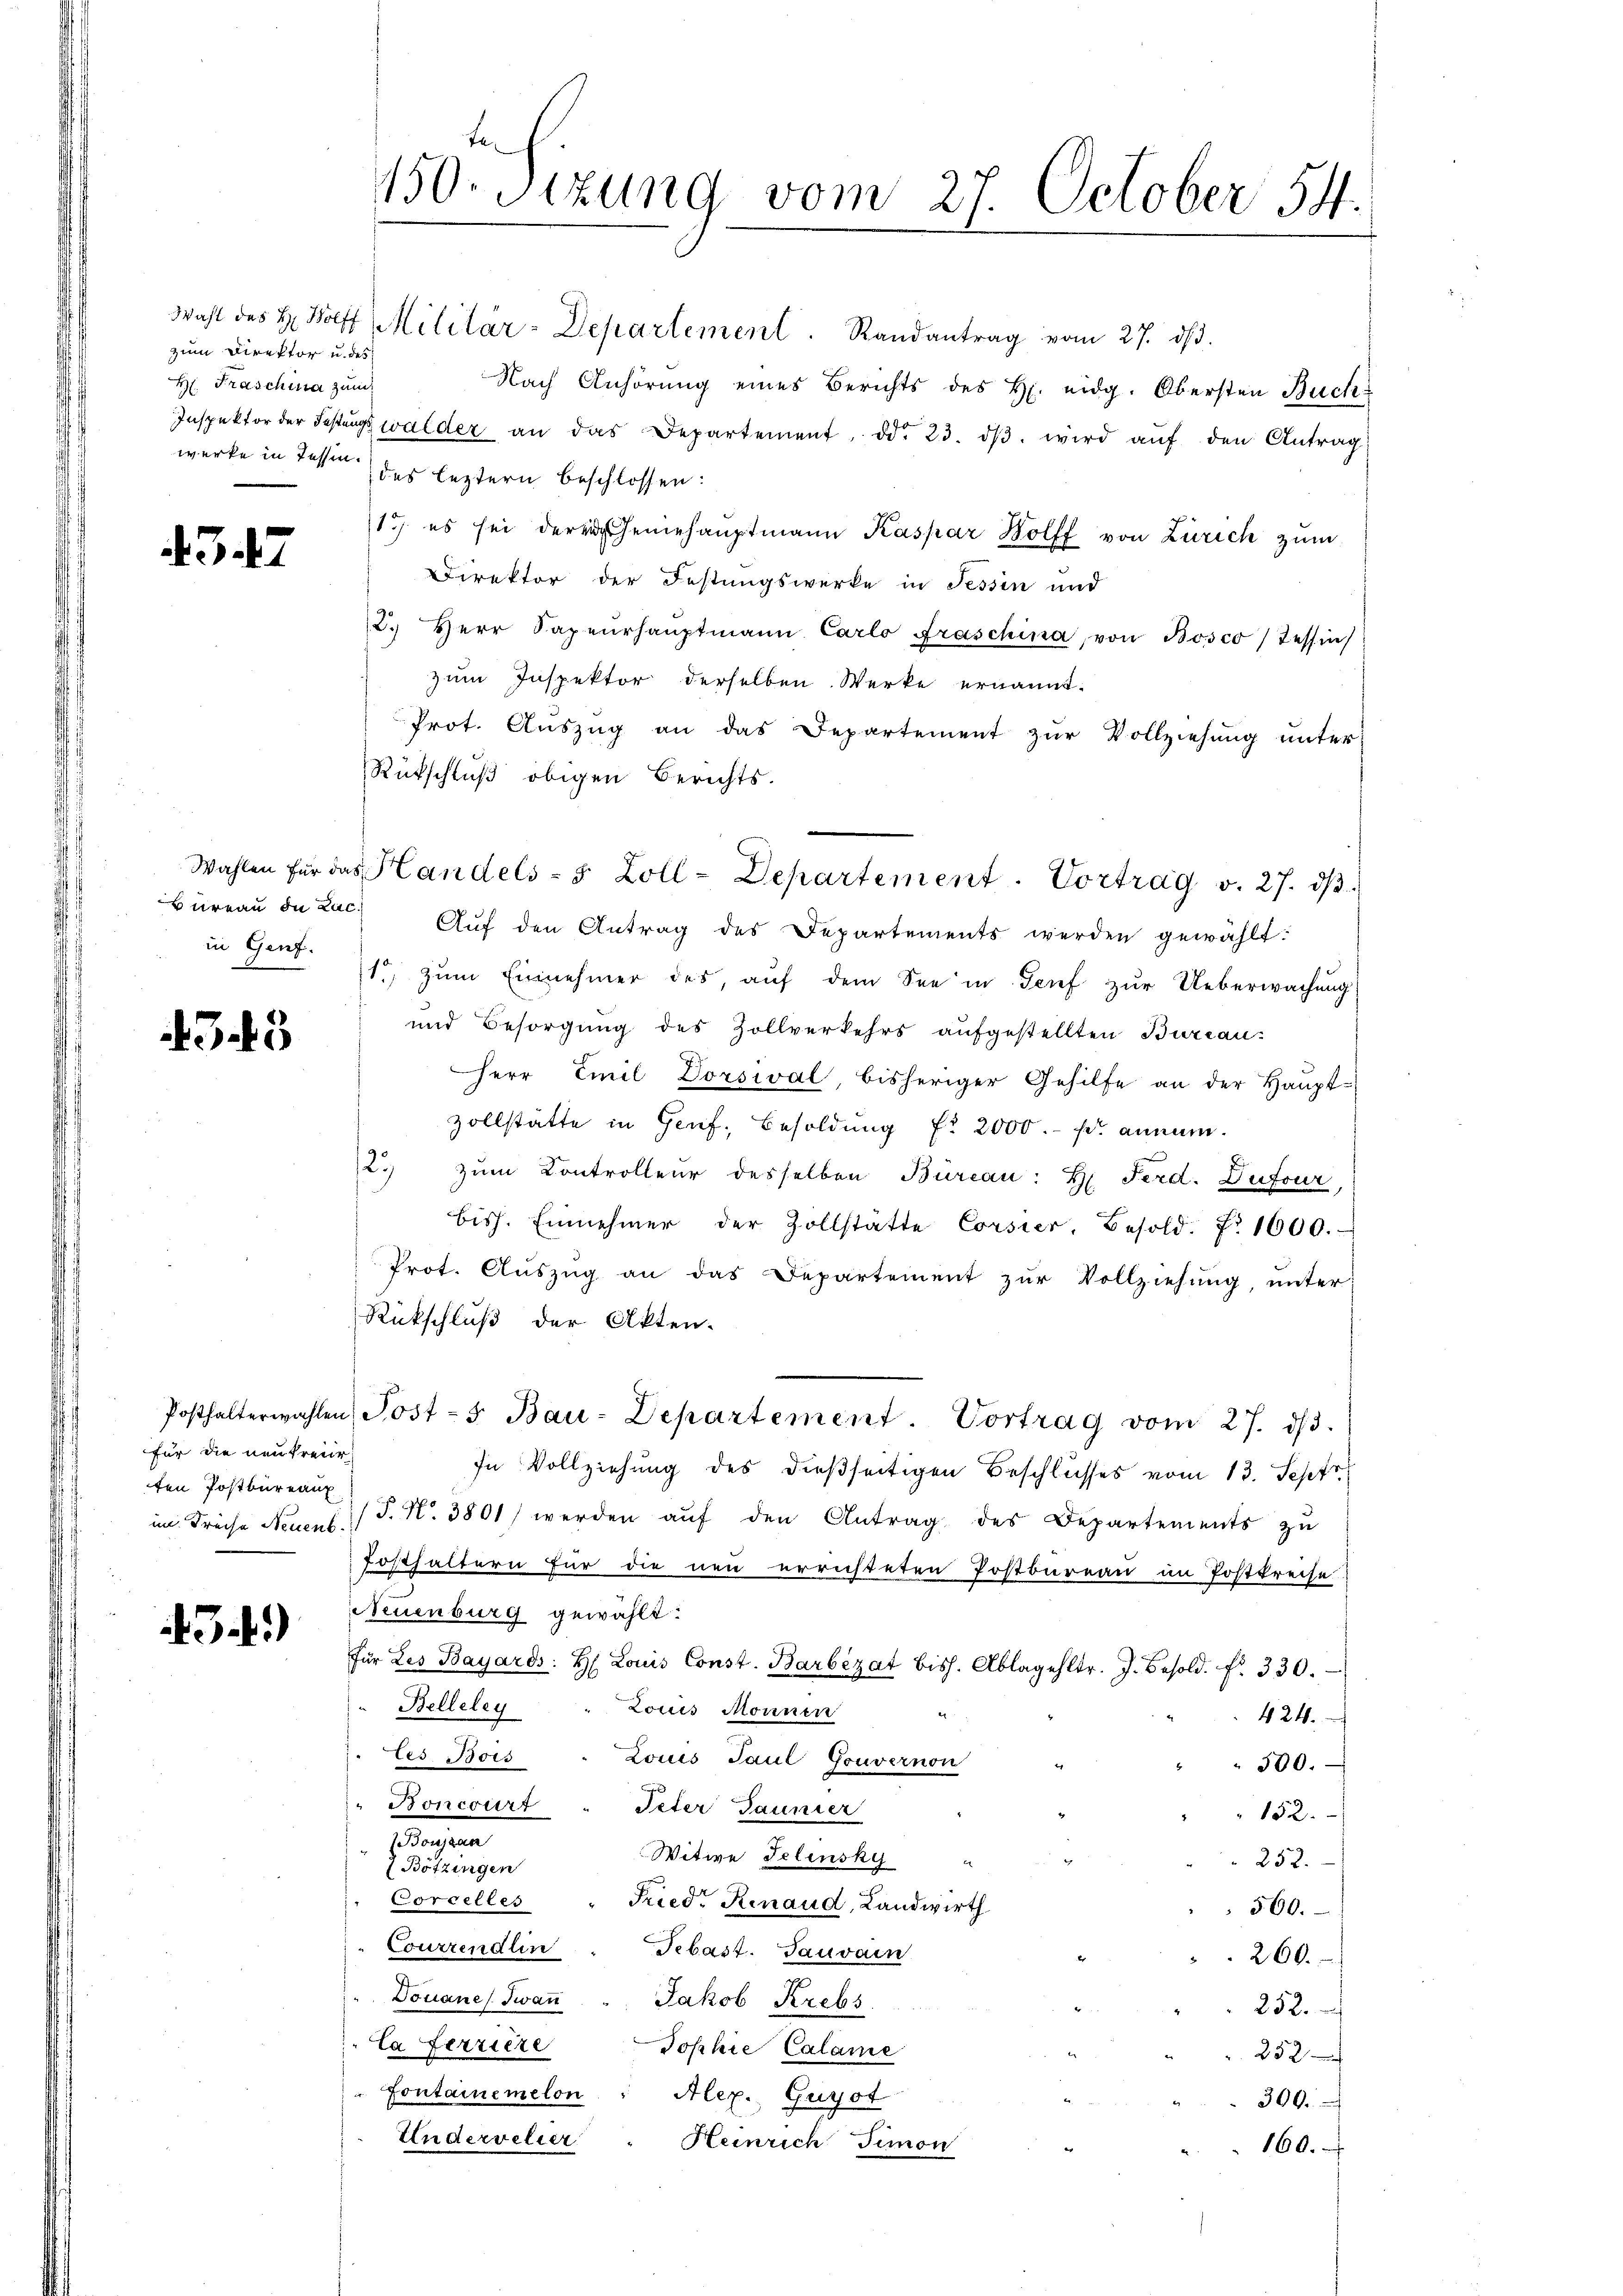
zum Direktor u. des
H. Fraschina zum

4347

in Genf.

345

Posthalterwahlen
für die neutraur
ten Postbureaux
im Freihe Neuenb

43.4)

150. Sizung vom 27. October 54.

Wahl des H. Bolff Militär-Departement. Randantrag vom 27. dβ.
Nach Anhörung eines Berichts des H. eidg. Obersten Buch
Inspektor der Festungswalder an das Departement od. 23. dβ. wird aŭf den Antrag
werke in dessen des leztern beschlossen:
17 es sei der seinehaŭptmann Kaspar Bolff von Zürich zum
Direktor der Festungswerke in Tessin und
2. Herr Sapeurhauptmann Carlo Fraschina, von Bosco, Tessin
zum Inspektor derselben Werke ernannt.
Prot. Auszug an das Departement zur Vollziehung unter-
Rückschluß obigen Berichts-
büreaŭ in Lac. Aŭf den Antrag des Departements werden gewählt:
1 zŭm Einnehmer des, aŭf dem See in Tief zŭr Ueberwachŭng
und Besorgung des Zollverkehrs aufgestellten Bureau-
Herr Emil Dorsival, bisheriger Gehilfe an der Haupt-
zollstätte in Genf, Besoldung fr 2000.- Fr. annum.
2.) zum Kontrolleur desselben Burcau: H. Ferd. Dufour,
bis. Einnehmer der Zollstatte Corsier, Besold. No. 1600.
Prot. Aŭszŭg an das Departement zur Vollziehung, unter
Rückschluß der Akten.
Post-s Bau-Departement. Vortrag vom 27. dβ.
In Vollziehung des dießseitigen Beschlusses vom 13. Sept.
/S. Nr. 3801 werden auf den Antrag des Departements zu
fosthaltern für die neu errichteten Postbureau im Postkreise
Neuenburg gewählt:
für Les Bayards: H Louis Const. Barbezat bish. Ablagehltr. J. Besold. fr. 330.
Belleley
Louis Monnen
424.
tes Bois
Louis Paul Gouvernon
300.
Boncourt
Peter Taunier
152.
slingen
Witwe Telensky
252.
(Bötzingen
Corcelles
Fried. Renaud, Landwirth
560.
Courtendlin
Sebast. Sauvain
260.
Douanes Jwan " Jakob Krebs
252.
La ferziere
Jophie Calame
252
Fontainemelon " Alex. Gugot
309.
Undervelier
Heinrich Simon
160.

Wahlen für das Handels- 5 Zoll-Departement. Vortrag v. 27. dβ.